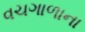
વચગાળાના